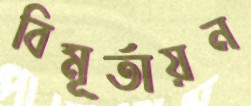
বিমূর্তায়ন